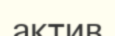
актив